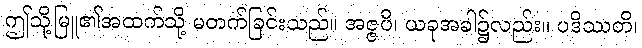
ဤသို့မြူ၏အထက်သို့ မတက်ခြင်းသည်။ အဇ္ဇပိ၊ ယခုအခါ၌လည်း။ ပဒိဿတိ၊